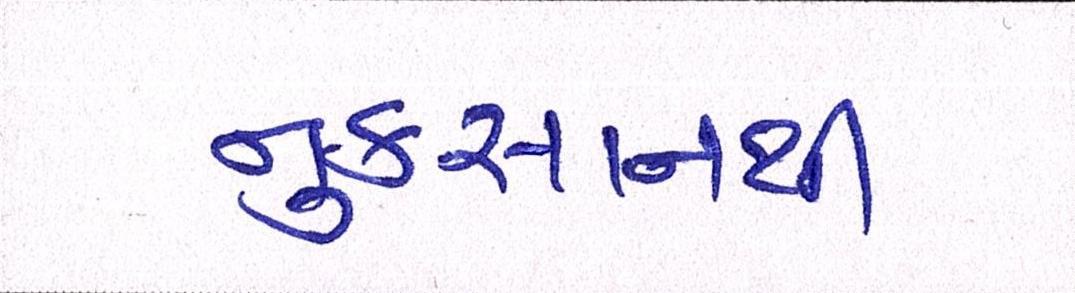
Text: નુકસાનથી